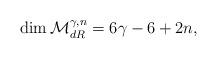
LaTeX: \begin{align*}\dim \mathcal M^{\gamma,n}_{dR}=6\gamma-6+2n,\end{align*}